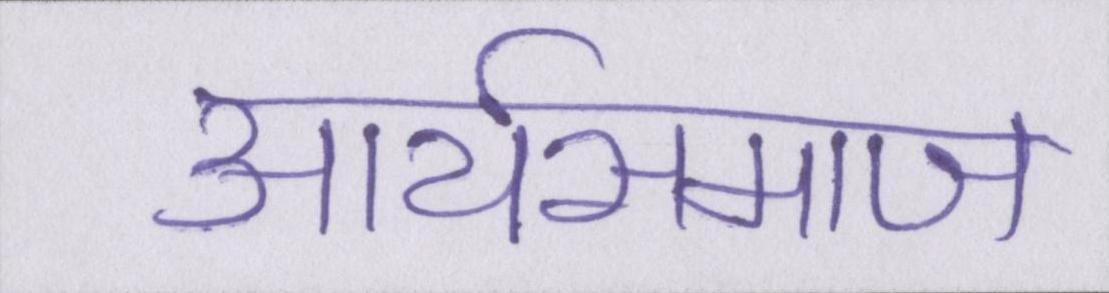
आर्यसमाज